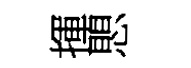
揮愳